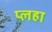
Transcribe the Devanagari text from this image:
प्लहा